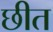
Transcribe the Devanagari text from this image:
छीत